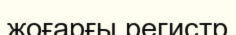
жоғарғы регистр